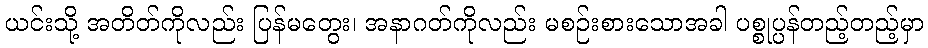
ယင်းသို့ အတိတ်ကိုလည်း ပြန်မတွေး၊ အနာဂတ်ကိုလည်း မစဉ်းစားသောအခါ ပစ္စုပ္ပန်တည့်တည့်မှာ